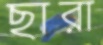
ছারা